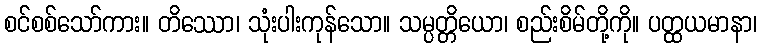
စင်စစ်သော်ကား။ တိဿော၊ သုံးပါးကုန်သော။ သမ္ပတ္တိယော၊ စည်းစိမ်တို့ကို။ ပတ္ထယမာနာ၊